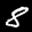
Label: 8